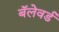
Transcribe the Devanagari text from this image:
बॅलेवर्ड